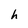
Character: h